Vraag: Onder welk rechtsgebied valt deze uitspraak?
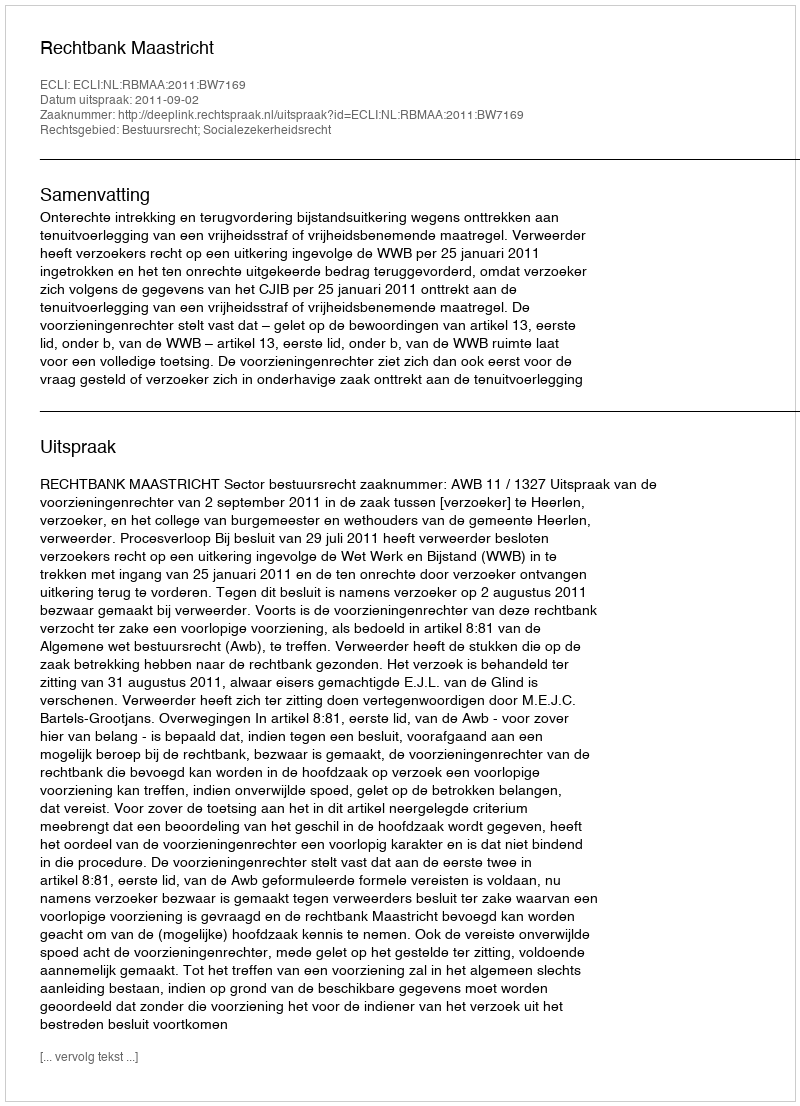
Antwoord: Bestuursrecht; Socialezekerheidsrecht